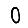
Digit: 0